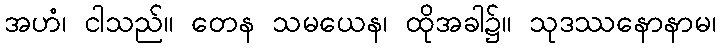
အဟံ၊ ငါသည်။ တေန သမယေန၊ ထိုအခါ၌။ သုဒဿနောနာမ၊